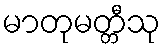
မာတုမတ္တီသု